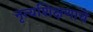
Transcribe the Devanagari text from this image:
नृत्यशिक्षणाचे